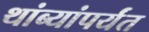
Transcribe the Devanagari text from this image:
थांब्यांपर्यंत